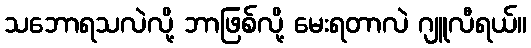
သဘောရသလဲလို့ ဘာဖြစ်လို့ မေးရတာလဲ ဂျူလီရယ်။